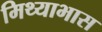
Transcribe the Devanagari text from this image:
मिथ्याभास